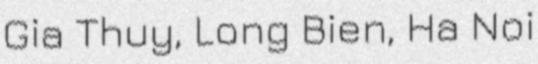
Gia Thuy, Long Bien, Ha Noi